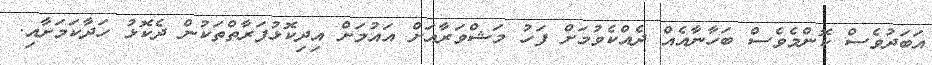
އަބަދުވެސް ކޮންމެވެސް ބަހާނާއެއް ދެއްކެވުމަށް ފަހު މަޝްވަރާއަށް އައުމަށް އިދިކޮޅުފަރާތްތަކުން ދެކޮޅު ހަދާކަމަށާއި.